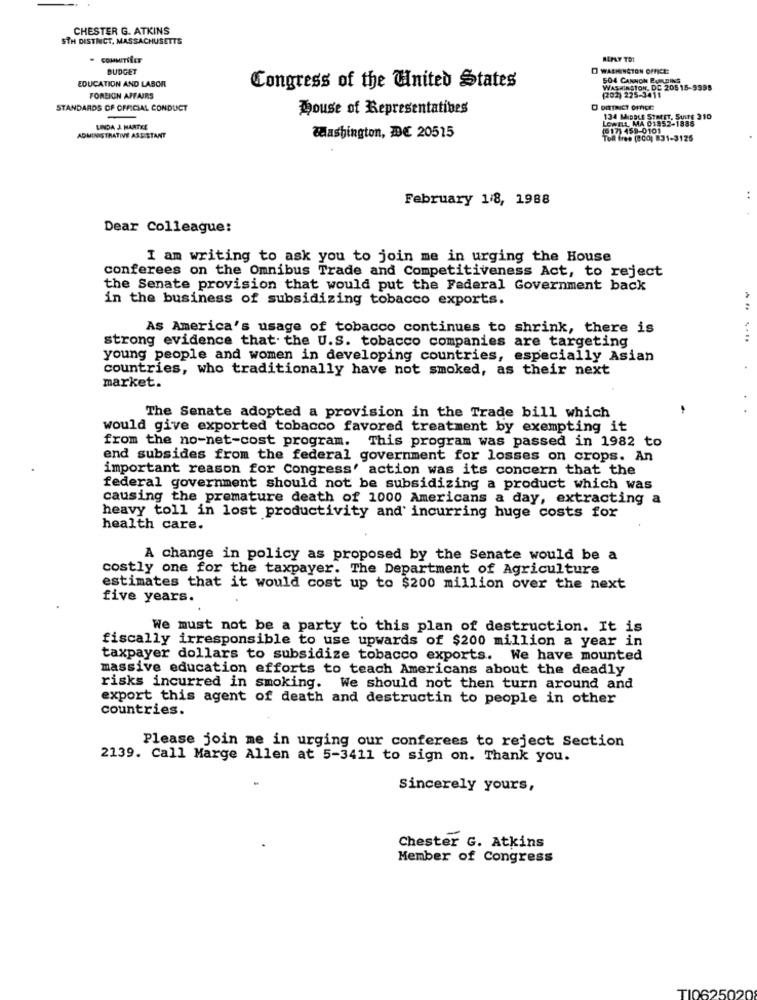
CHESTER G. ATKINS
STH DISTRICT, MASSACHUSETTS
REPLY TO:
BUDGET
O WASHINGTON OFFICE:
EDUCATION AND LABOR
504 CANNON BULDING
Congress of the United States
WASHINGTON, DE 205 15-9998
(202) 225-3411
FOREIGN AFFAIRS
STANDARDS OF OFFICIAL CONDUCT
House of Representatives
O DITTNIET OFFICE
134 MIDDLE STREET, SUITE 310
LOWELL, MA 01852-1886
LINDA J. MANTEE
(517) 459-0101
ADMINISTRATIVE ASSISTANT
Washington, DC 20515
Toll free (800) 831-3125
February 1/8, 1988
Dear Colleague:
I am writing to ask you to join me in urging the House
conferees on the Omnibus Trade and Competitiveness Act, to reject
the Senate provision that would put the Federal Government back
in the business of subsidizing tobacco exports.
:
As America's usage of tobacco continues to shrink, there is
strong evidence that the U.S. tobacco companies are targeting
....
young people and women in developing countries, especially Asian
countries, who traditionally have not smoked, as their next
market.
The Senate adopted a provision in the Trade bill which
would give exported tobacco favored treatment by exempting it
from the no-net-cost program. This program was passed in 1982 to
end subsides from the federal government for losses on crops. An
important reason for Congress' action was its concern that the
federal government should not be subsidizing a product which was
causing the premature death of 1000 Americans a day, extracting a
heavy toll in lost productivity and incurring huge costs for
health care.
A change in policy as proposed by the Senate would be a
costly one for the taxpayer. The Department of Agriculture
estimates that it would cost up to $200 million over the next
five years.
We must not be a party to this plan of destruction. It is
fiscally irresponsible to use upwards of $200 million a year in
taxpayer dollars to subsidize tobacco exports. We have mounted
massive education efforts to teach Americans about the deadly
risks incurred in smoking. We should not then turn around and
export this agent of death and destructin to people in other
countries.
Please join me in urging our conferees to reject Section
2139. Call Marge Allen at 5-3411 to sign on. Thank you.
Sincerely yours,
Chester G. Atkins
Member of Congress
TI0625020